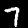
Digit: 7